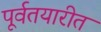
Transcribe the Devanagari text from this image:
पूर्वतयारीत